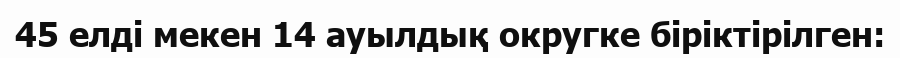
45 елді мекен 14 ауылдық округке біріктірілген: